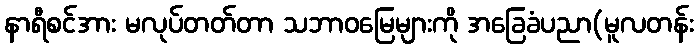
နာရီစင်အား မလုပ်တတ်တာ သဘာဝမြေများကို အခြေခံပညာ(မူလတန်း